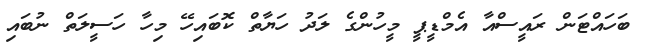
ބަހައްޓަން ރައީސްއާ އެމްޑީޕީ މީހުންގެ ލަދު ހަޔާތް ކޮބައިހޭ މިހާ ހަސީލަތް ނުބައި